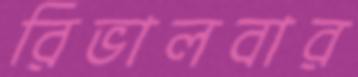
রিভালবার